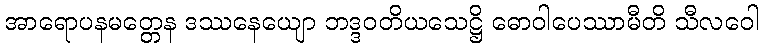
အာရောပနမတ္တေန ဒဿနေယျော ဘဒ္ဒဝတိယသေဋ္ဌိ ဓောဝါပေဿာမီတိ သီလဝေါ